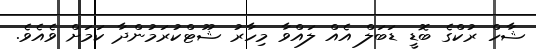
ޝާހް ރުކްގެ ބޮޑީ ޑަބަލް އެއް ލައްވާ މިހާރު ޝޫޓްކުރަމުންދާ ކަމަށް ވެއެވެ.